Annual report of the Punjab Veterinary College and of the Civil Veterinary Department, Punjab - 1894-1908
Year: 1894
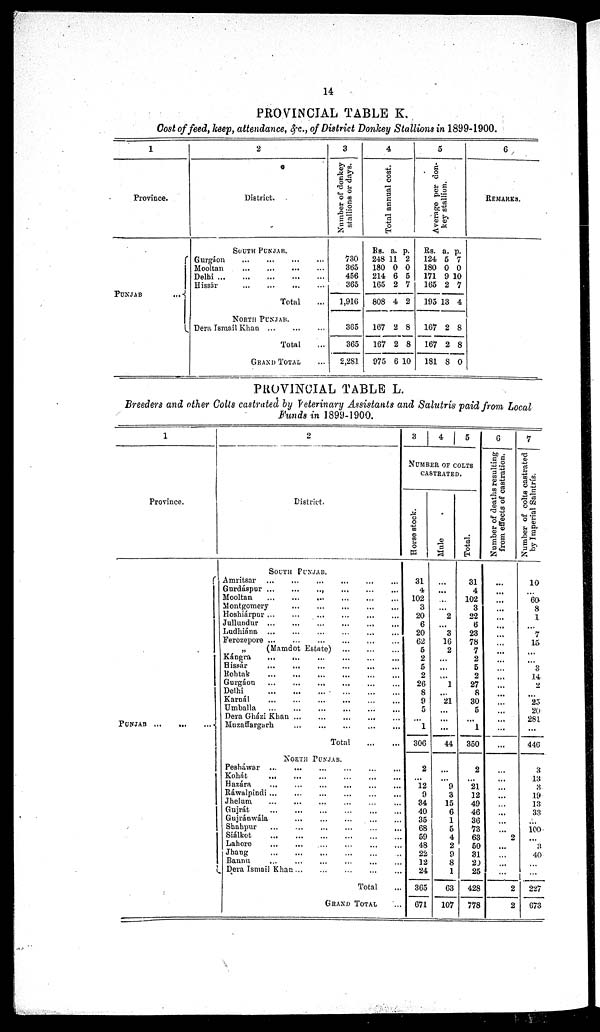
14
PROVINCIAL TABLE K.
Cost of feed, keep, attendance, &c., of District Donkey Stallions in 1899-1900.
1
Province.
PUNJAB
...
2
District.
SOUTH PUNJAB.
Gurgáon
...
...
...
...
Mooltan
...
...
...
...
Delhi
...
...
...
...
...
Hissár ... ... ... ...
Total ...
NORTH PUNJAB.
Dera Ismail Khan ... ... ... ...
Total ...
GRAND TOTAL ...
3
Number of donkey
stallions or days.
730
365
456
365
1,916
305
365
2,281
4
Total annual cost.
Rs.
248
180
214
165
808
a.
11
0
6
2
4
p.
2
0
5
7
2
167
167
975
2
2
6
8
8
10
5
Average per don-
key stallion.
Rs.
124
180
171
165
195
a.
5
0
9
2
13
p.
7
0
10
7
4
167
167
181
2
2
8
8
8
0
6
REMARKS.
PROVINCIAL TABLE L.
Breeders and other Colts castrated by Veterinary Assistants and Salutris paid from Local
Funds in 1899-1900.
1
Province.
PUNJAB
...
...
...
2
District.
SOUTH
PUNJAB.
Amritsar
...
...
...
...
...
...
Gurdáspur
...
...
...
...
...
...
Mooltan
...
...
...
...
...
...
Montgomery
...
...
...
...
...
...
Hoshiárpur ... ... ... ... ... ...
Jullundur
...
...
...
...
...
Ludhiána
...
...
...
...
...
...
Ferozepore ... ... ... ... ... ...
„
(Mamdot Estate) ... ... ...
Kángra ... ... ... ... ... ...
Hissár ... ... ... ... ...
Rohtak
...
...
...
...
...
...
...
Gurgáon ... ... ... ... ... ... ...
Delhi
...
...
...
...
...
...
Karnál ... ... ... ... ... ...
Umballa
...
...
...
...
...
....
...
Dera Gházi Khan ... ... ... ... ... ...
Muzaffargarh ... ... ... ... ... ... ...
Total
...
...
NORTH PUNJAB.
Pesháwar ... ... ... ... ...
Kohát
... ... ... ... ... ...
Hazára ... ... ... ... ... ...
Ráwalpindi ... ... ... ... ... ... ...
Jhelum ... ... ... ... ...
Gujrát ... ... ... ... ... ...
Gujránwála ... ... ... ... ...
Shahpur ... ... ... .. ... ... ...
Siálket ... ... ... ... ... ... ... ...
Lahore ... ... ... ... ... ...
Jhang
...
...
...
...
...
Bannu .. ... ... ... ... ...
Dera Ismail Khan ... ... ... ... ...
Total ...
GRAND TOTAL ...
3
4
5
NUMBER OF COLTS
CASTRATED.
Horse stock.
31
4
102
3
20
6
20
62
5
2
5
2
26
8
9
5
...
1
306
2
...
12
9
34
40
35
68
59
48
22
12
24
365
671
Mule
...
...
...
...
2
...
3
16
2
...
...
...
1
...
21
...
...
...
...
...
...
9
3
15
6
1
5
4
2
9
8
1
63
107
Total.
31
4
102
3
22
6
23
78
7
2
5
2
27
8
30
5
...
1
350
2
...
21
12
49
46
36
73
63
50
31
20
25
428
778
6
Number of deaths resulting
from effects of castration.
...
...
...
...
...
...
...
...
...
...
...
...
...
...
...
...
...
...
...
...
...
...
...
...
...
...
...
2
...
...
...
...
2
2
7
Number of colts castrated
by Imperial Salutrís.
10
...
60
8
1
...
7
15
...
...
3
14
2
...
25
20
281
...
446
3
13
3
13
13
33
...
100
...
3
40
...
...
227
673